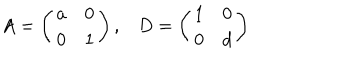
LaTeX: A = \left( \begin{array} { c c } { { a } } & { { 0 } } \\ { { 0 } } & { { 1 } } \\ \end{array} \right) , D = \left( \begin{array} { c c } { { 1 } } & { { 0 } } \\ { { 0 } } & { { d } } \\ \end{array} \right)